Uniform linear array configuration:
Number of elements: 24
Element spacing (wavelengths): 1
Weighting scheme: blackman
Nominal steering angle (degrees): -60
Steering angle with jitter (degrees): -59.072
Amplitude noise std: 0.05
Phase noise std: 0.05

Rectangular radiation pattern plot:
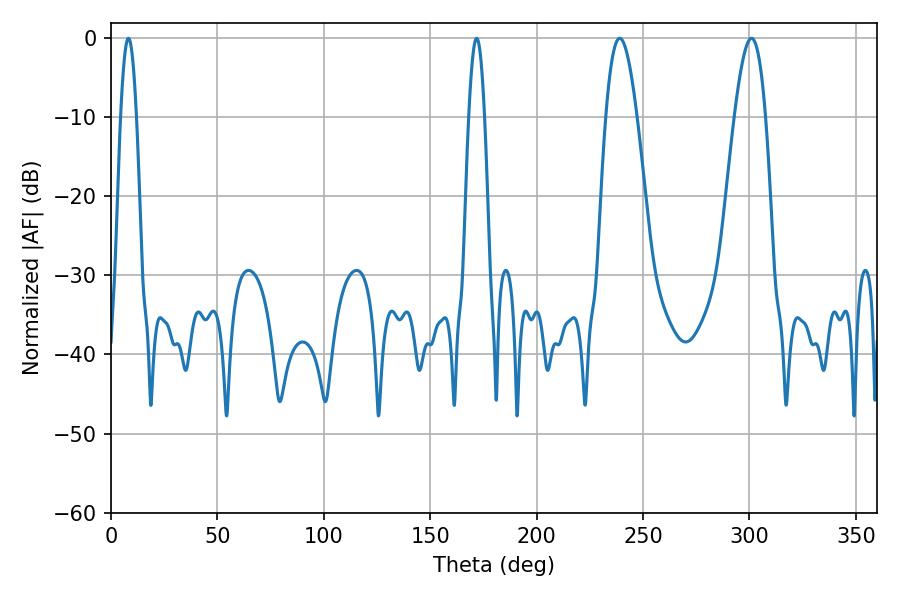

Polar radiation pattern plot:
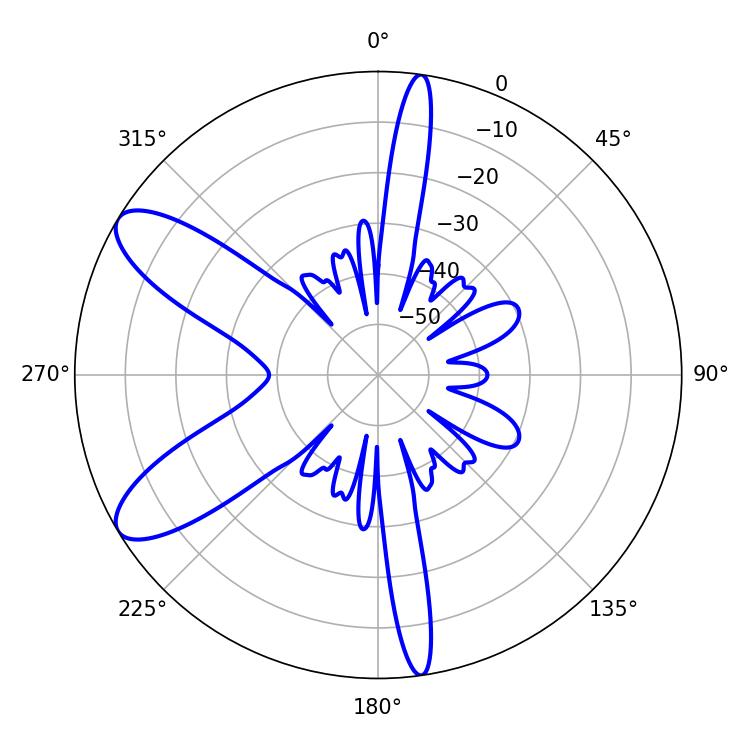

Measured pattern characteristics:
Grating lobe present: TRUE
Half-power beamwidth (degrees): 7.92
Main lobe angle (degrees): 239.04